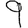
Digit: 9